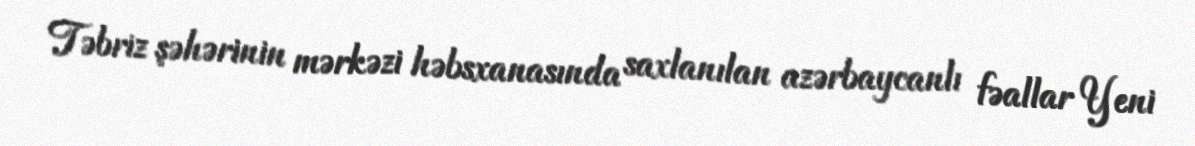
Təbriz şəhərinin mərkəzi həbsxanasında saxlanılan azərbaycanlı fəallar Yeni